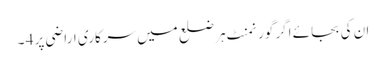
ان کی بجائے اگر گورنمنٹ ہر ضلع میں سرکاری اراضی پر 4 ۔